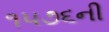
૧૫૭૬ની